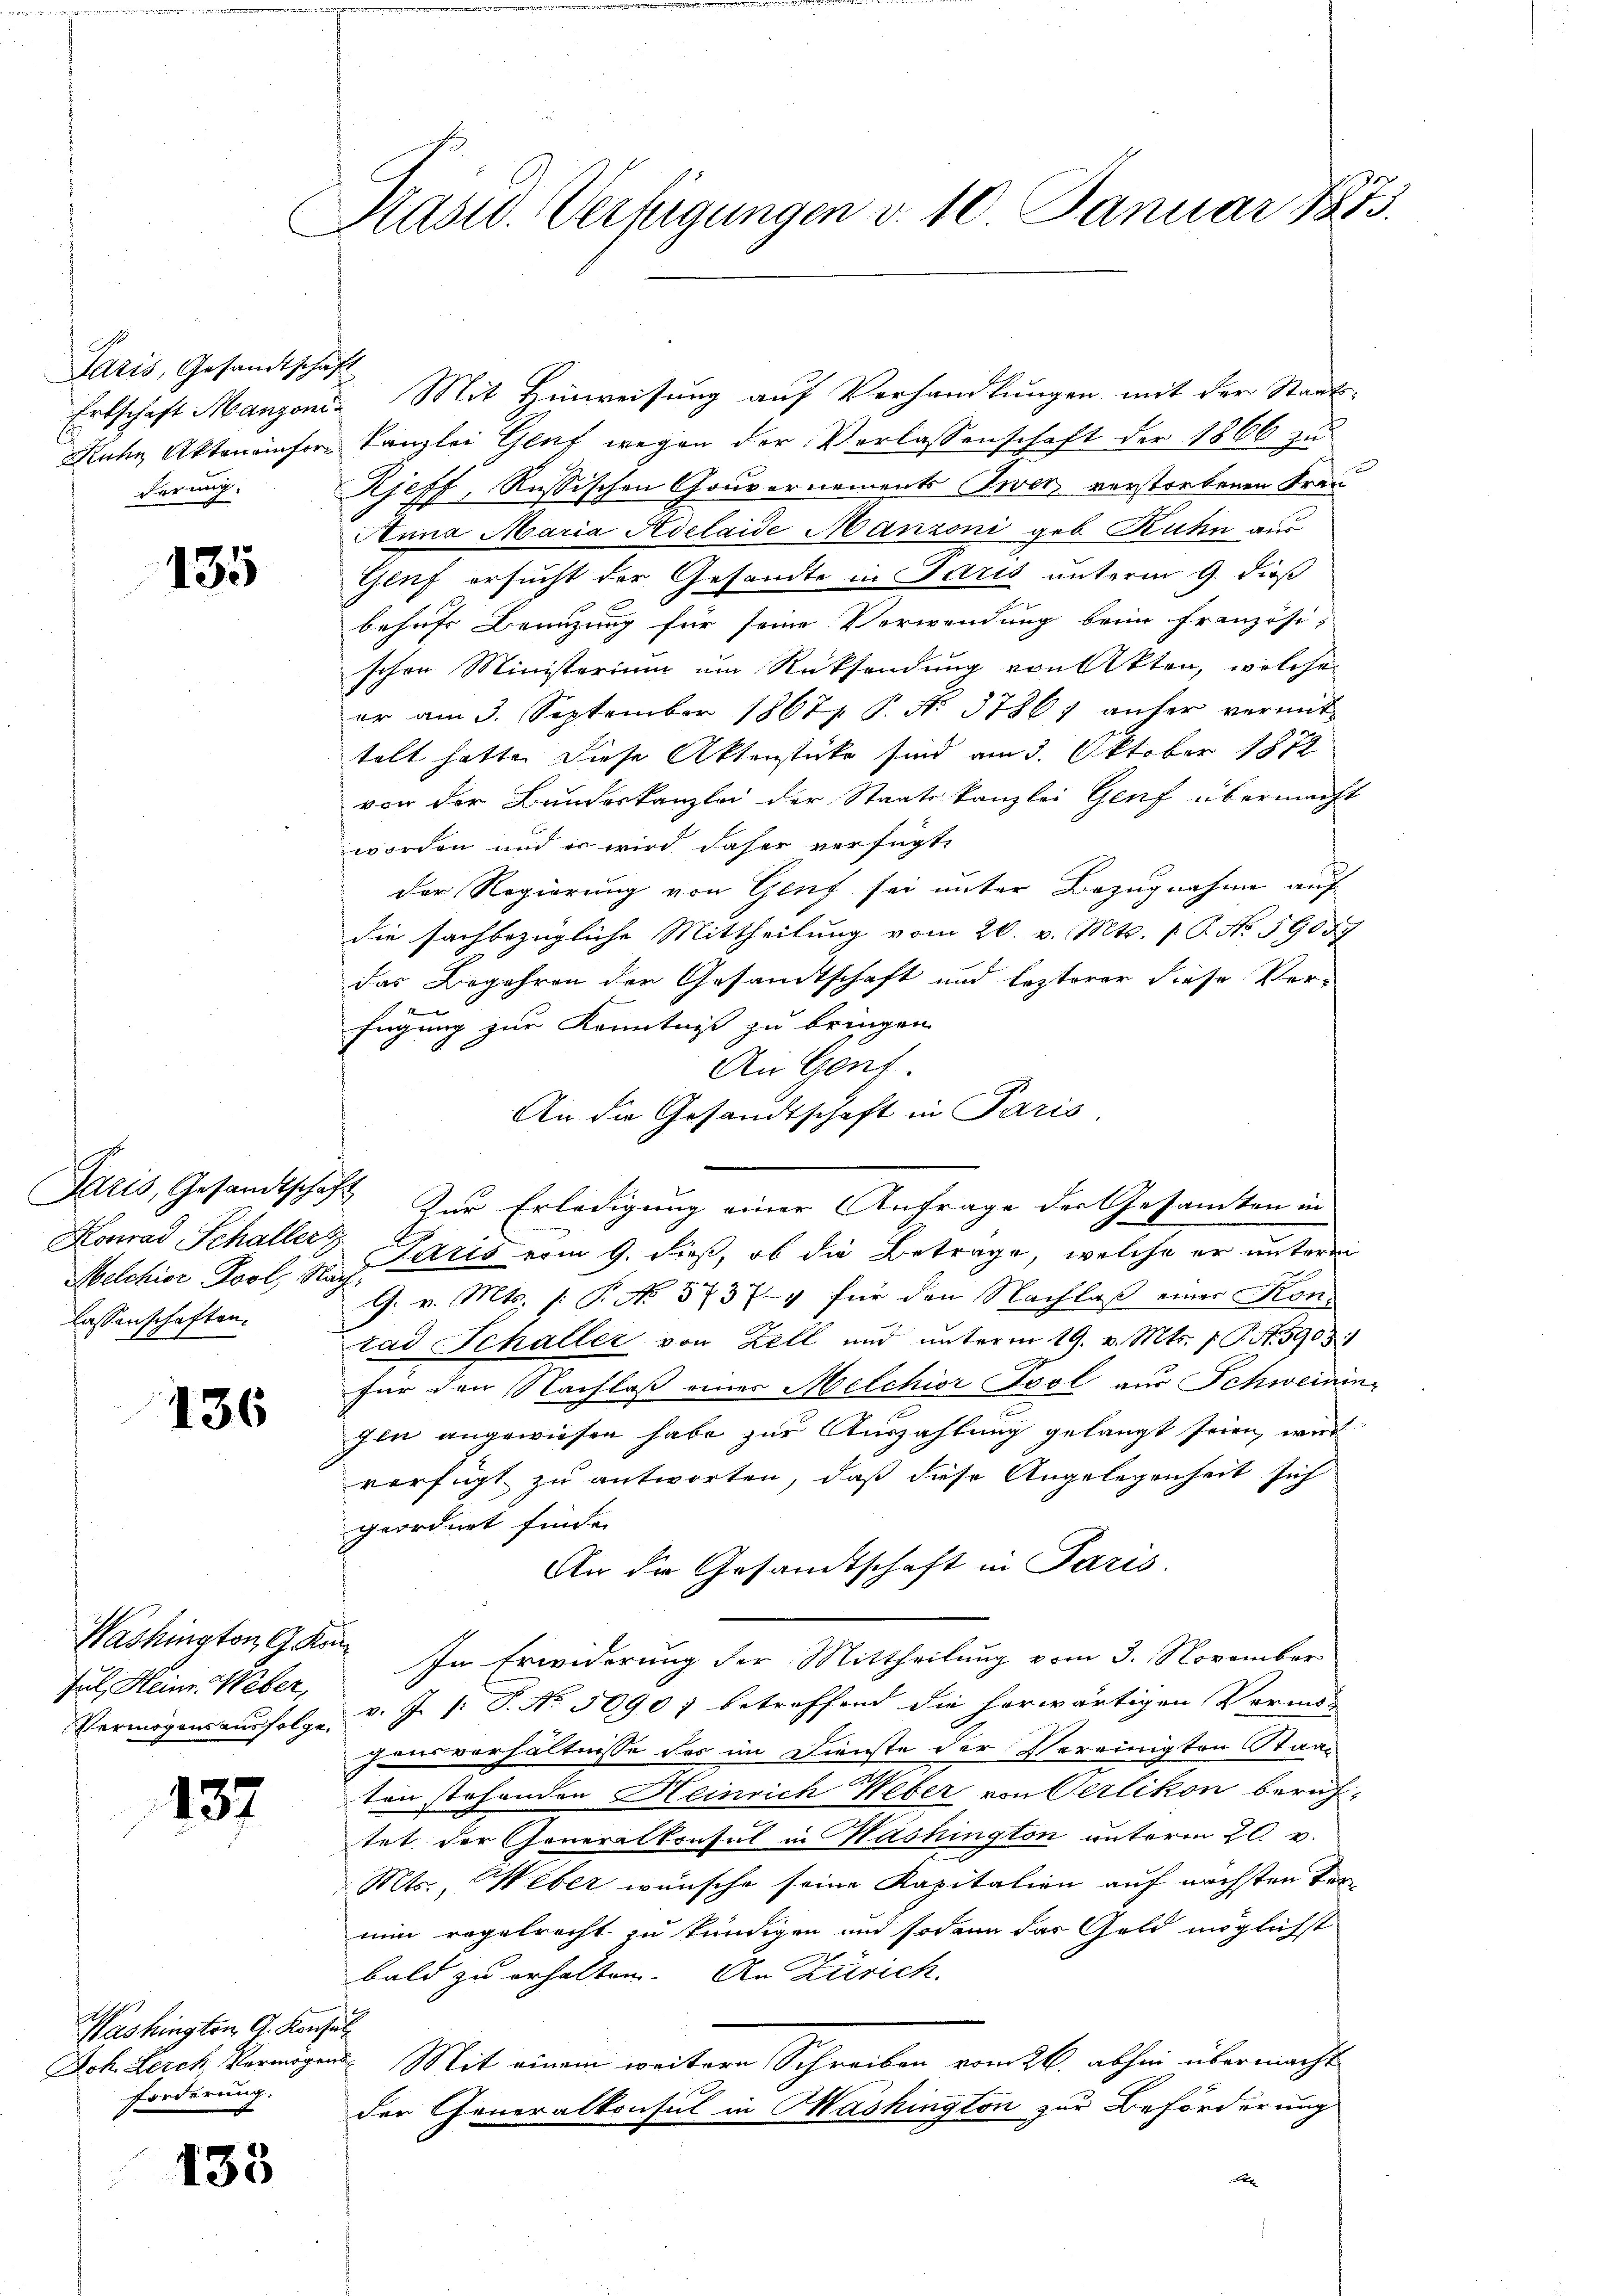
Paris, Gesandtschaft
derung.

135

Konrad Schaller
lassenschaften.

136

Washington, G. Kon¬
Jul, Heinr. Weber

137

Washington, G. Konsul
Forderung.

133

Pasid. Verfügungen d. 10 Januar 1873.

Ertschaft Manzoni. Mit Hinweisŭng aŭf Verhandlŭngen mit der Staats-
Rahn Aktenämter Kanzlei Gluf wegen der Verlassenschaft der 1866 zu
Kjeff, Russischen Gouvernements Twer, verstorbenen Frau
Anna Maria Adelaide Manzoni geb. Ruhn aus
Genf ersucht der Gesandte in Paris unterm 9. dieß
behufs Benuzung für seine Verwendung beim Französi-
schen Ministerium um Rücksendung von Akten, welche
er am 3. September 1867 P. No 3786, anher vermit
telt hatte. Diese Aktenstücke sind am 3. Oktober 1872
von der Bundeskanzlei der Staatskanzlei Genf übermacht
worden und er wird daher verfügt:
Der Regierung von Genf sei unter Bezugnahme auf
die sachbezügliche Mittheilung vom 20. v. Mts. 1. P. No 59057
das Begehren der Gesandtschaft und lezterer diese Verfügung zur Kenntnis zu bringen
An Genf.
An die Gesandtschaft in Paris.
Paris, Gesandtschaft zur Erledigung einer Anfrage der Gesamten in
Selchior Pool N. Karis vom 9. dieß, ob die Betrage, welche er unterm
G. v. Mts. (T. No 37379 für den Nachlaß einer Kon-
tad Schaller von Zell und unterm 19. v. Mts. f. P. N. 59051
für den Nachlaß einer Melchior Sool aus Schweinin-
zin angewiesen habe zur Auszahlung gelangt seien, wied
verfügt zu antworten, daß diese Angelegenheit sich
geordnet finde.
An die Gesandtschaft in Paris.
In Erwiderung der Mittheilung vom 3. November
Vermögensausfolge v. J. /: P. Nr. 50907 betreffend die herwärtigen Vermis-
gensverhältnisse des im Dienste der Vereinigten Staat
ten stehenden Heinrich Weber von Oerlikon beruf-
tet der Generalkonsul in Washington unterm 20. v.
Mts., Weber wünsche seine Kapitalien auf nächsten Vernun regelrecht zu kündigen und sodann das Geld möglichst
bald zu erhalten. An Zürich.
Joh. Berch Vermögen Mit einem weitere Schreiben vom 26. abhin übermacht
der Generalkonsul in Mashington zur Beförderung